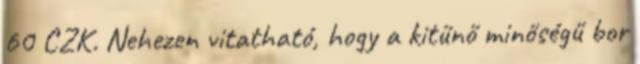
60 CZK. Nehezen vitatható, hogy a kitűnő minőségű bor